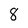
Character: 8